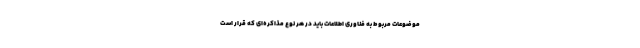
موضوعات مربوط به فناوری اطلاعات باید در هر نوع مذاکره‌ای که قرار است